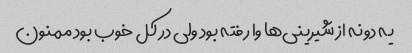
یه دونه از شیرینی‌ها وا رفته بود ولی در کل خوب بود ممنون